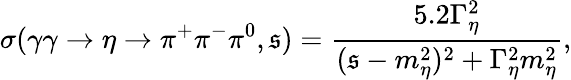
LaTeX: \sigma(\gamma\gamma\to\eta\to\pi^{+}\pi^{-}\pi^{0},\mathfrak{s})=\frac{{5.2\Gamma_{\eta}^{2}}}{{(\mathfrak{s}-m_{\eta}^{2})^{2}+\Gamma_{\eta}^{2}m_{\eta}^{2}}},